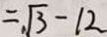
= \sqrt { 3 } - 1 2